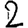
Digit: 2